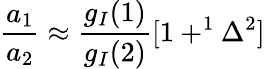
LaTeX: \frac{a_{1}}{a_{2}}\approx{\frac{g_{I}{(1)}}{g_{I}{(2)}}{[1+^{1}\Delta^{2}]}}